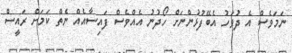
ނަމަވެސް އެ ދުވަހު އެބޭފުޅުންނަށް ހޯދުނު އެއްވެސް ފައިސާއެއް ނެތް ކަމަށް ރައީސް